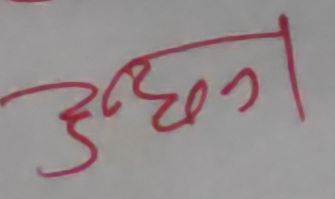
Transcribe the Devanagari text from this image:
उद्यान